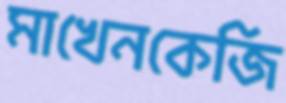
মাখেনকেজি